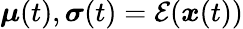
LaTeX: \boldsymbol{\mu}(t),\boldsymbol{\sigma}(t)=\mathcal{E}(\boldsymbol{x}(t))